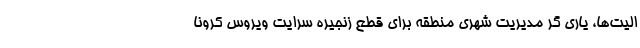
الیت‌ها، یاری گر مدیریت شهری منطقه برای قطع زنجیره سرایت ویروس کرونا